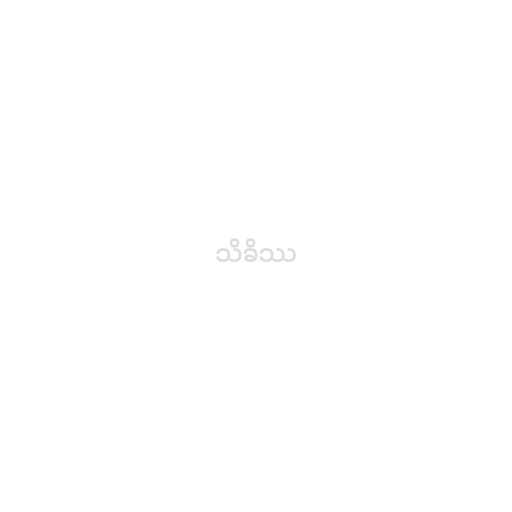
သိခိဿ